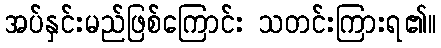
အပ်နှင်းမည်ဖြစ်ကြောင်း သတင်းကြားရ၏။